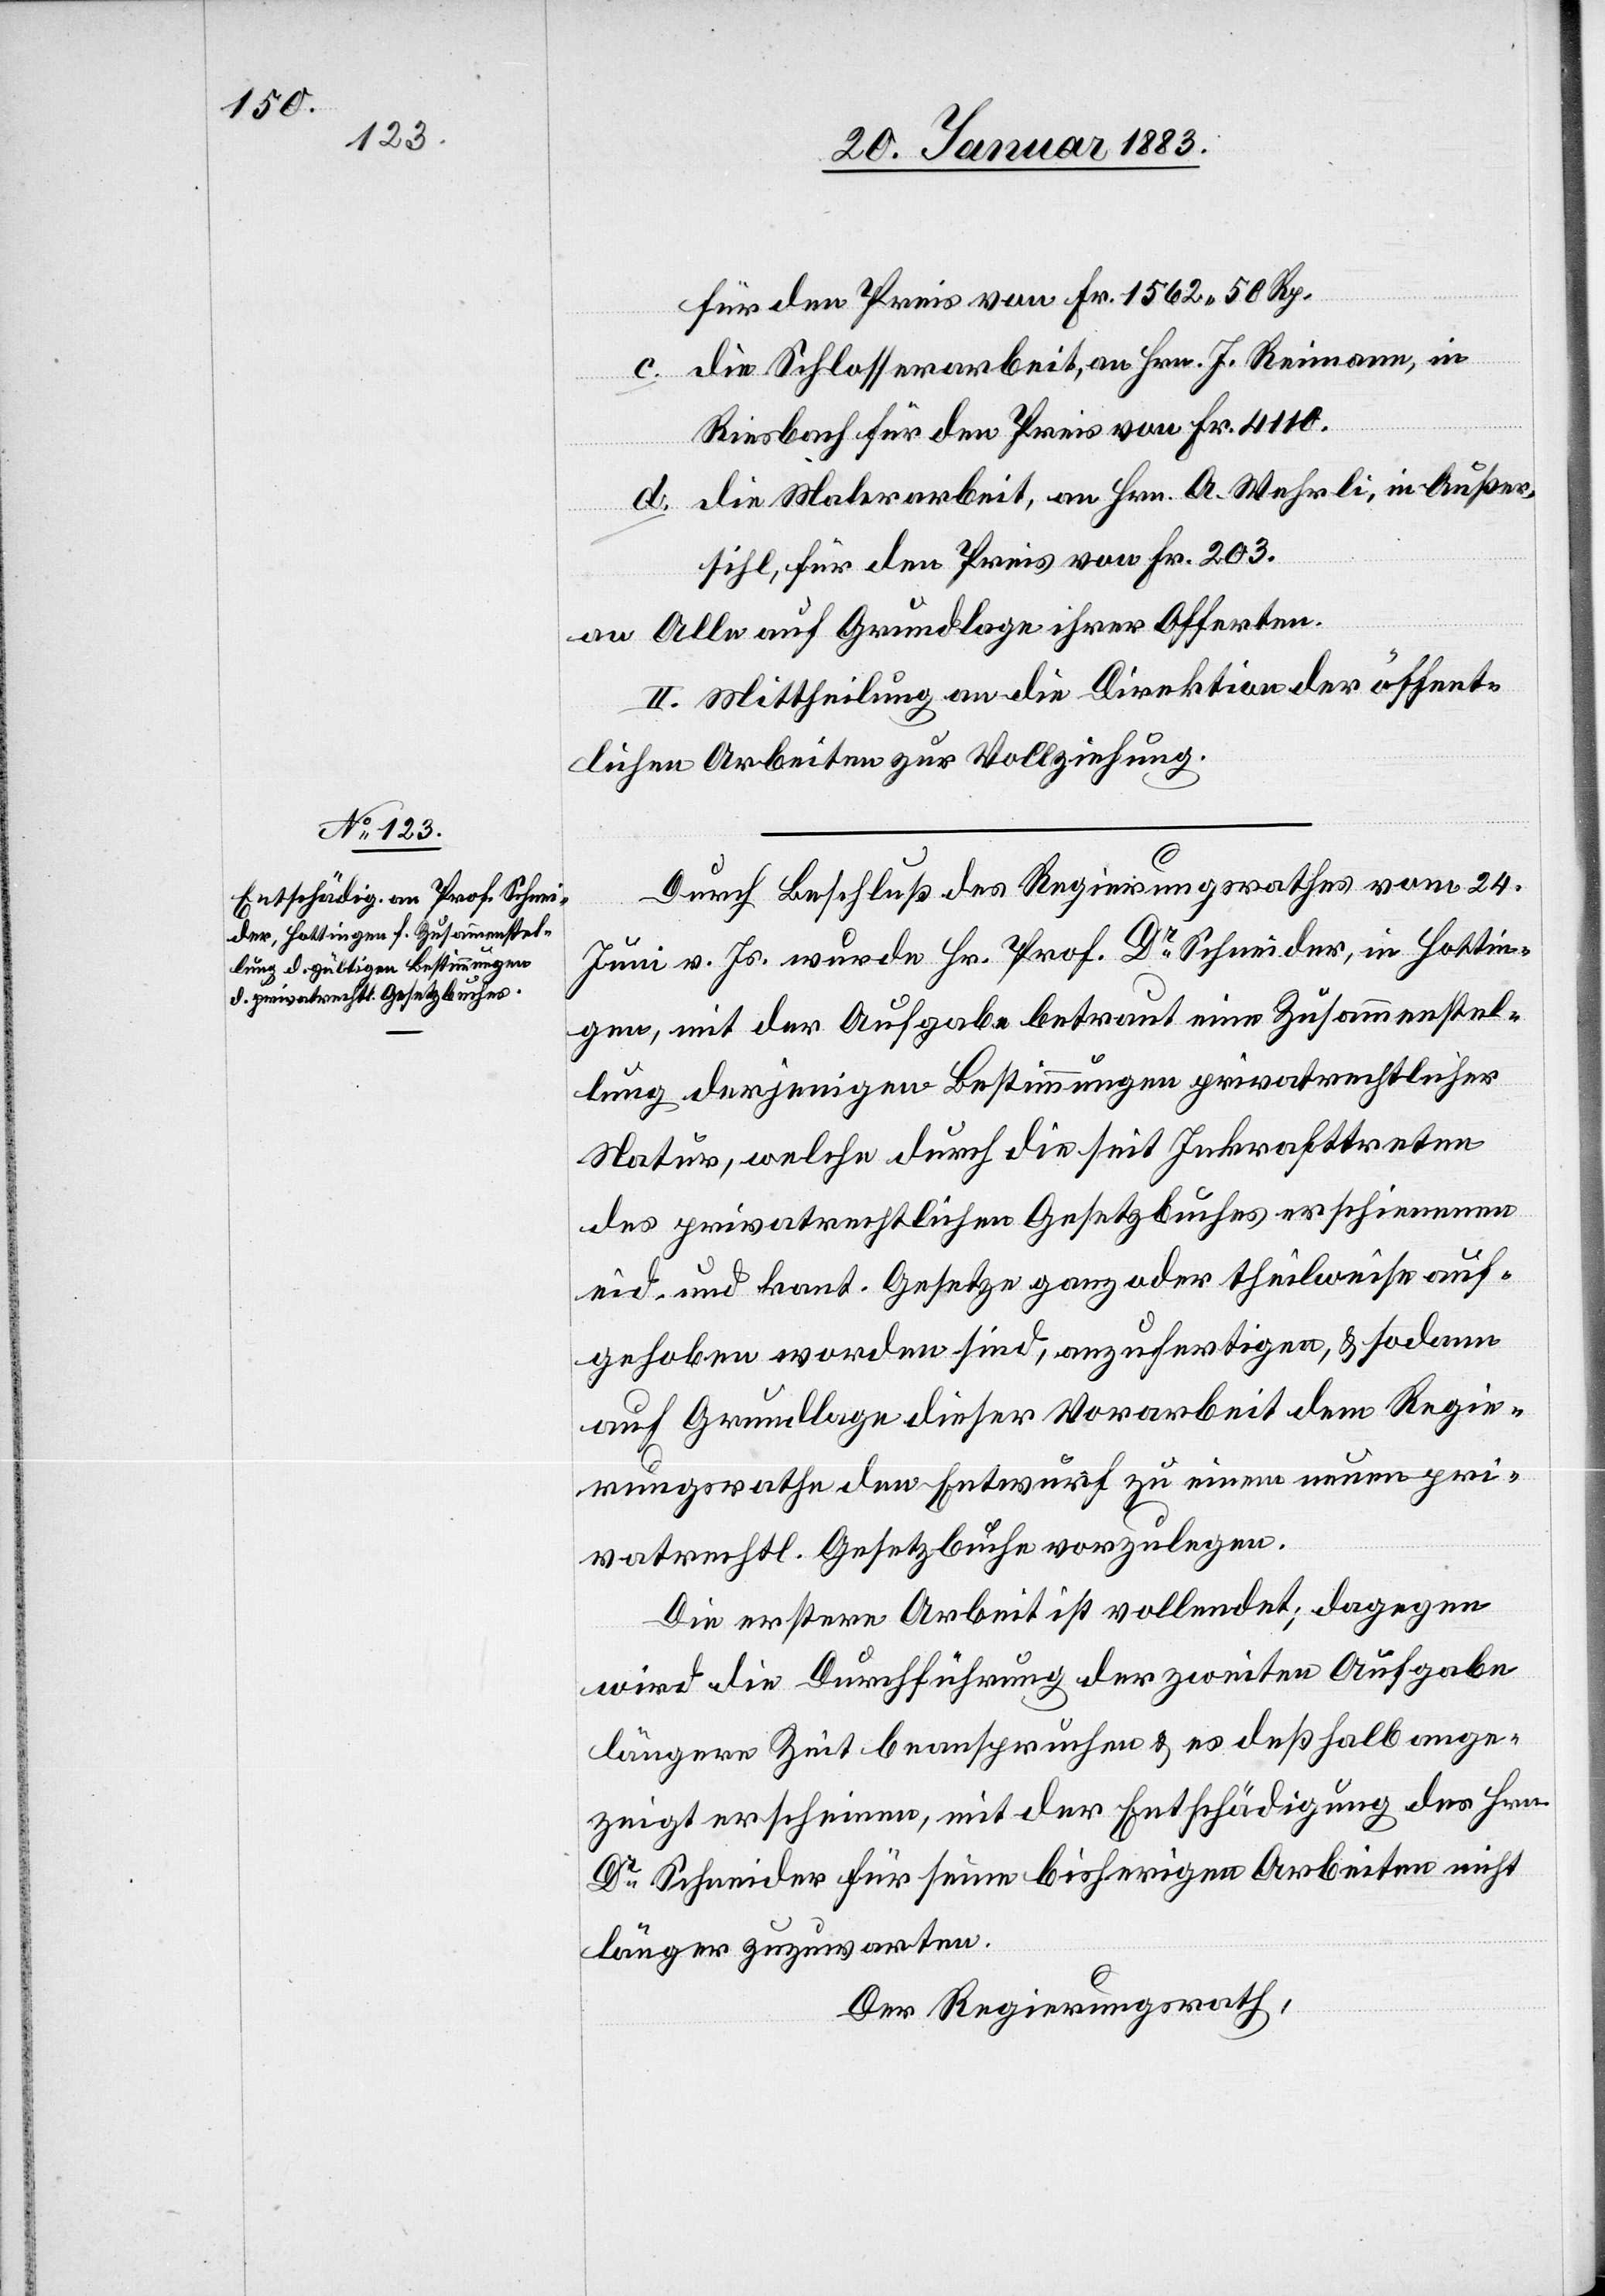
für den Preis von Fr. 1562 50 Rp.
die Schlosserarbeit, an Hrn. J.Reimann, in
Riesbach für den Preis von Fr. 4110.
d. die Malerarbeit, an Hrn. A. Wehrli, in Außer¬
sihl, für den Preis von Fr. 203.
an alle auf Grundlage ihrer Offerten.
II. Mittheilung an die Direktion der öffent¬
lichen Arbeiten zur Vollziehung.
Durch Beschluß des Regierungsrathes vom 24.
Juni v. Js. wurde Hr. Prof. Dr Schneider, in Hottin¬
gen, mit der Aufgabe betraut eine Zusammenstel¬
lung derjenigen Bestimmungen privatrechtlicher
Natur, welche durch die seit Inkrafttreten
des privatrechtlichen Gesetzbuches erschienenen
eid. und kant. Gesetze ganz oder theilweise auf¬
gehoben worden sind, anzufertigen, & sodann
auf Grundlage dieser Vorarbeit dem Regie¬
rungsrathe den Entwurf zu einem neuen pri¬
vatrechtl. Gesetzbuche vorzulegen.
Die erstere Arbeit ist vollendet; dagegen
wird die Durchführung der zweiten Aufgabe
längere Zeit beanspruchen & es deßhalb ange¬
zeigt erscheinen, mit der Entschädigung des Hrn.
Dr Schneider für seine bisherigen Arbeiten nicht
länger zuzuwarten.
Der Regierungsrath,